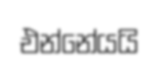
එන්නේයයි